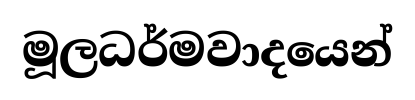
මූලධර්මවාදයෙන්